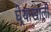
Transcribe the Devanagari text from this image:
घेर्‍याखाली